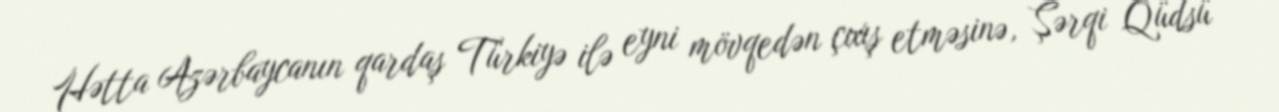
Hətta Azərbaycanın qardaş Türkiyə ilə eyni mövqedən çıxış etməsinə, Şərqi Qüdsü